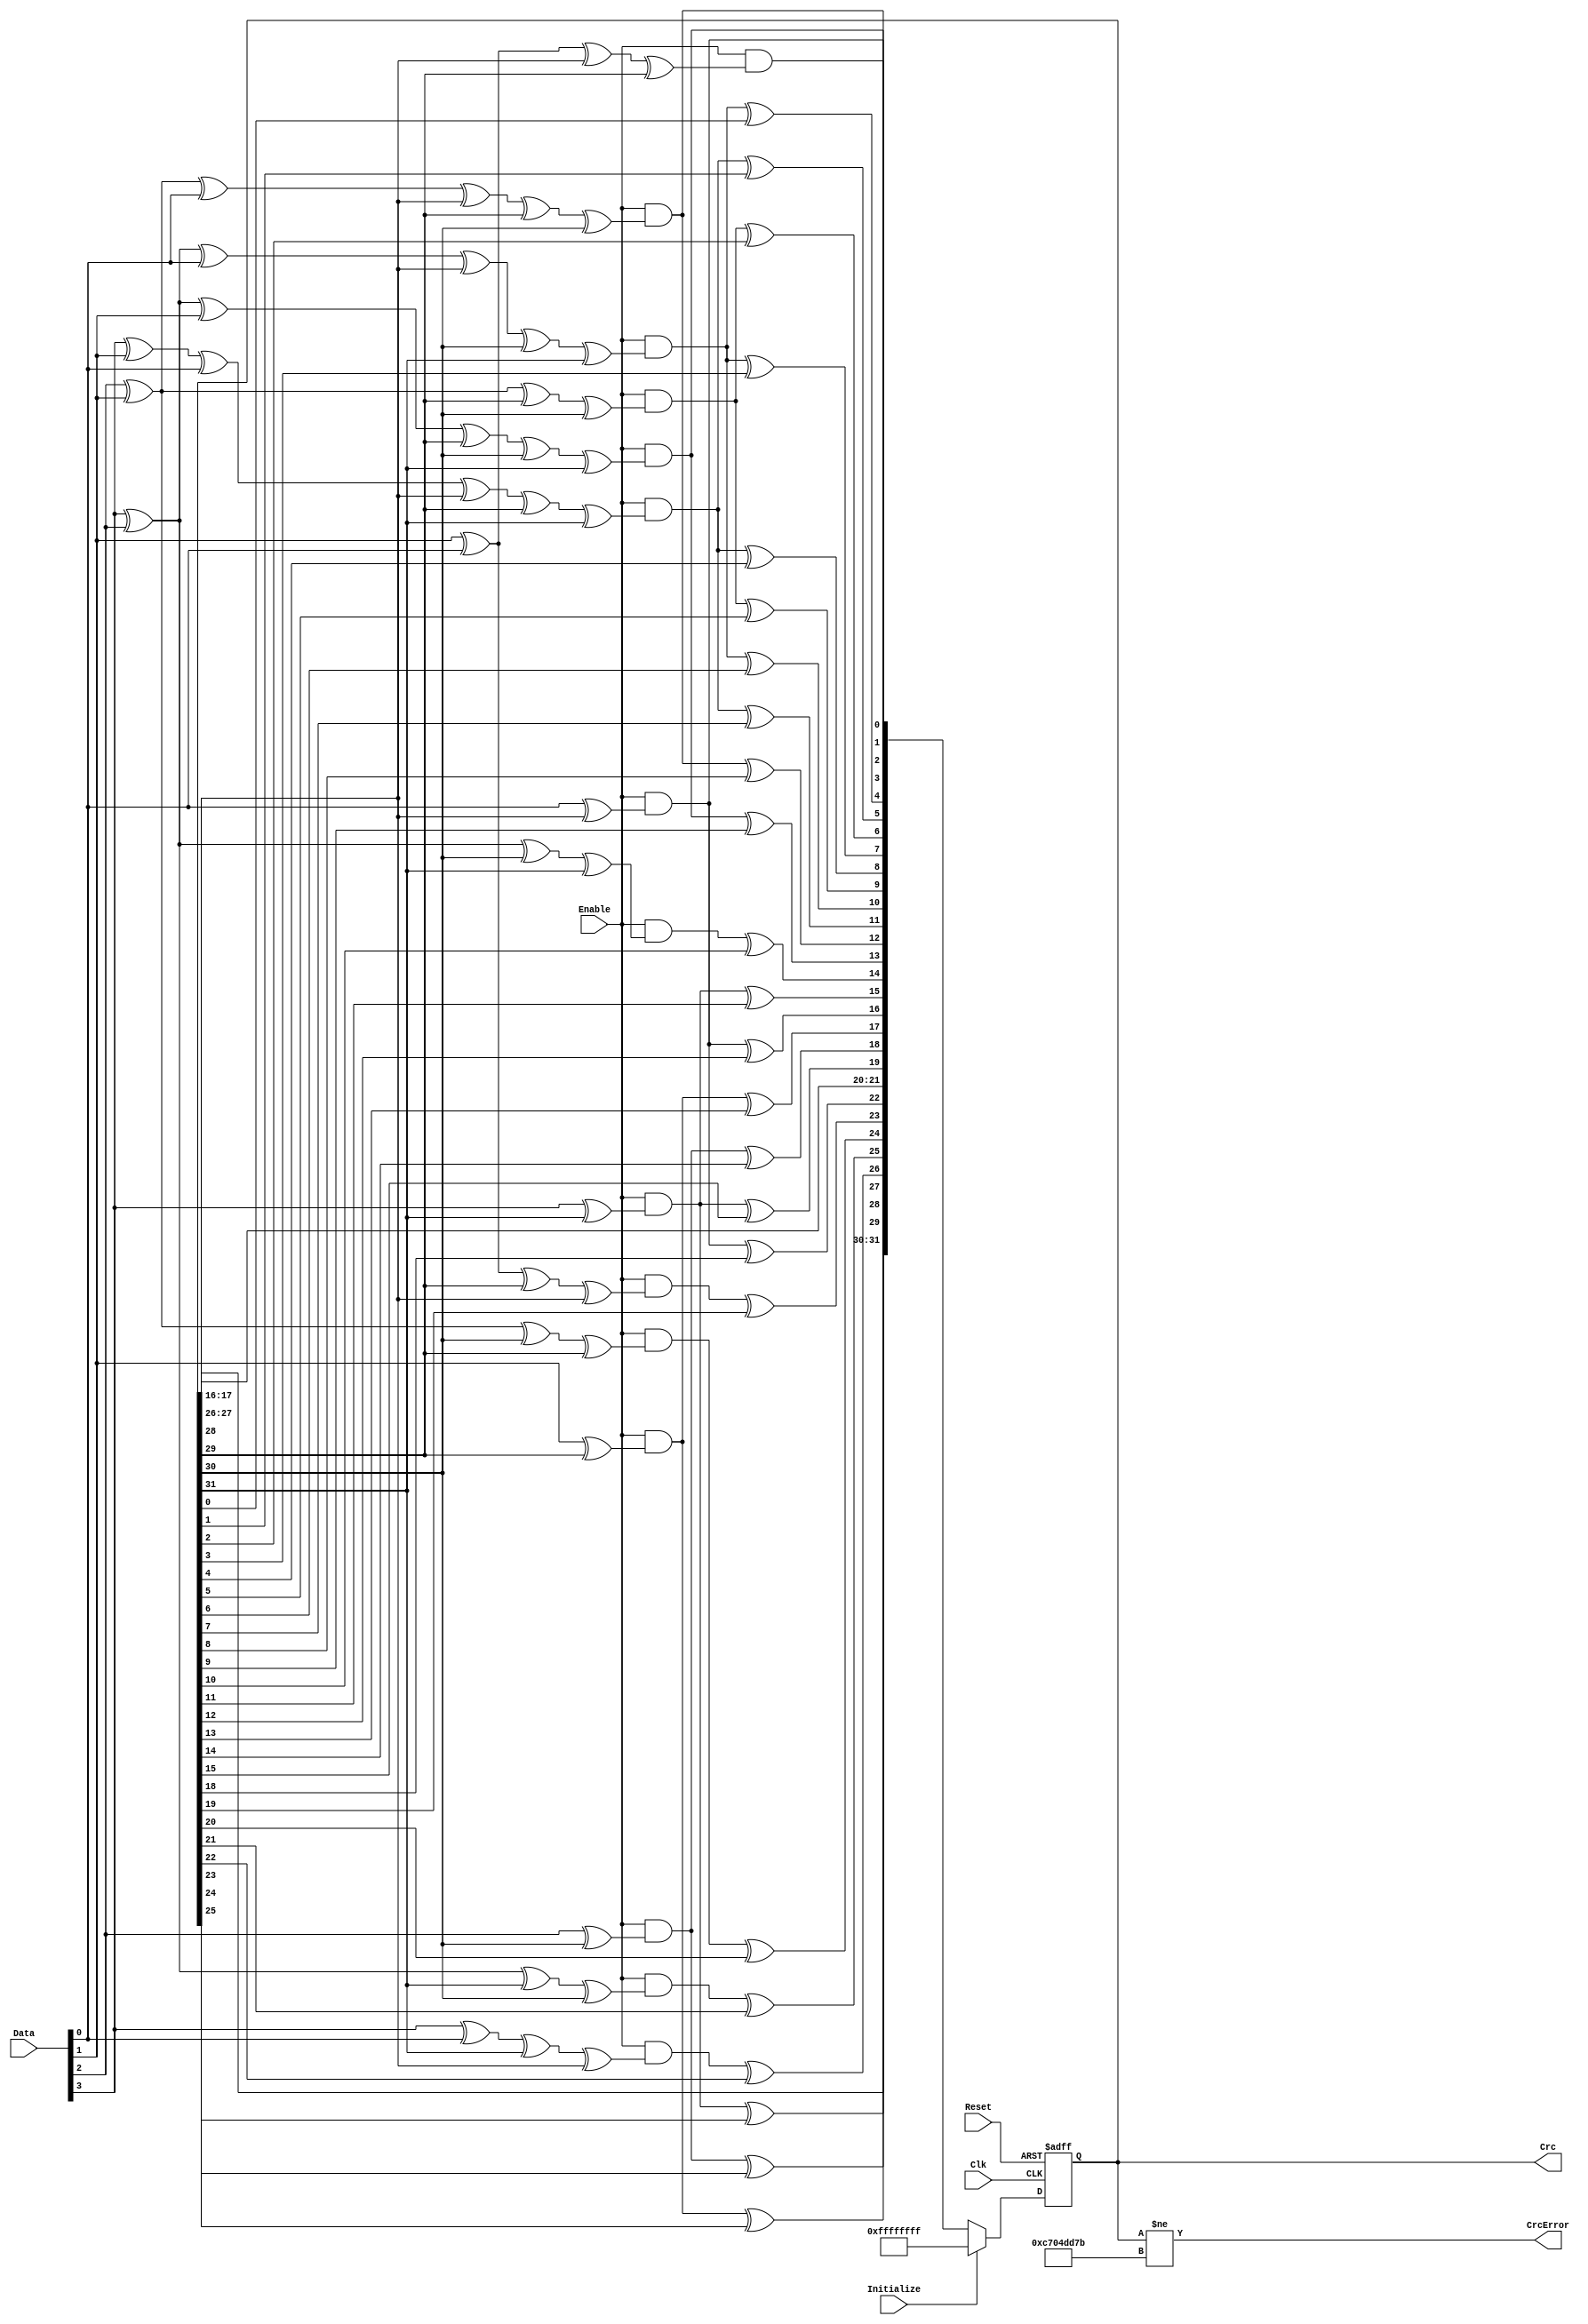
module eth_crc (Clk, Reset, Data, Enable, Initialize, Crc, CrcError);
parameter Tp = 1;
input Clk;
input Reset;
input [3:0] Data;
input Enable;
input Initialize;
output [31:0] Crc;
output CrcError;
reg  [31:0] Crc;
wire [31:0] CrcNext;
assign CrcNext[0] = Enable & (Data[0] ^ Crc[28]); 
assign CrcNext[1] = Enable & (Data[1] ^ Data[0] ^ Crc[28] ^ Crc[29]); 
assign CrcNext[2] = Enable & (Data[2] ^ Data[1] ^ Data[0] ^ Crc[28] ^ Crc[29] ^ Crc[30]); 
assign CrcNext[3] = Enable & (Data[3] ^ Data[2] ^ Data[1] ^ Crc[29] ^ Crc[30] ^ Crc[31]); 
assign CrcNext[4] = (Enable & (Data[3] ^ Data[2] ^ Data[0] ^ Crc[28] ^ Crc[30] ^ Crc[31])) ^ Crc[0]; 
assign CrcNext[5] = (Enable & (Data[3] ^ Data[1] ^ Data[0] ^ Crc[28] ^ Crc[29] ^ Crc[31])) ^ Crc[1]; 
assign CrcNext[6] = (Enable & (Data[2] ^ Data[1] ^ Crc[29] ^ Crc[30])) ^ Crc[ 2]; 
assign CrcNext[7] = (Enable & (Data[3] ^ Data[2] ^ Data[0] ^ Crc[28] ^ Crc[30] ^ Crc[31])) ^ Crc[3]; 
assign CrcNext[8] = (Enable & (Data[3] ^ Data[1] ^ Data[0] ^ Crc[28] ^ Crc[29] ^ Crc[31])) ^ Crc[4]; 
assign CrcNext[9] = (Enable & (Data[2] ^ Data[1] ^ Crc[29] ^ Crc[30])) ^ Crc[5]; 
assign CrcNext[10] = (Enable & (Data[3] ^ Data[2] ^ Data[0] ^ Crc[28] ^ Crc[30] ^ Crc[31])) ^ Crc[6]; 
assign CrcNext[11] = (Enable & (Data[3] ^ Data[1] ^ Data[0] ^ Crc[28] ^ Crc[29] ^ Crc[31])) ^ Crc[7]; 
assign CrcNext[12] = (Enable & (Data[2] ^ Data[1] ^ Data[0] ^ Crc[28] ^ Crc[29] ^ Crc[30])) ^ Crc[8]; 
assign CrcNext[13] = (Enable & (Data[3] ^ Data[2] ^ Data[1] ^ Crc[29] ^ Crc[30] ^ Crc[31])) ^ Crc[9]; 
assign CrcNext[14] = (Enable & (Data[3] ^ Data[2] ^ Crc[30] ^ Crc[31])) ^ Crc[10]; 
assign CrcNext[15] = (Enable & (Data[3] ^ Crc[31])) ^ Crc[11]; 
assign CrcNext[16] = (Enable & (Data[0] ^ Crc[28])) ^ Crc[12]; 
assign CrcNext[17] = (Enable & (Data[1] ^ Crc[29])) ^ Crc[13]; 
assign CrcNext[18] = (Enable & (Data[2] ^ Crc[30])) ^ Crc[14]; 
assign CrcNext[19] = (Enable & (Data[3] ^ Crc[31])) ^ Crc[15]; 
assign CrcNext[20] = Crc[16]; 
assign CrcNext[21] = Crc[17]; 
assign CrcNext[22] = (Enable & (Data[0] ^ Crc[28])) ^ Crc[18]; 
assign CrcNext[23] = (Enable & (Data[1] ^ Data[0] ^ Crc[29] ^ Crc[28])) ^ Crc[19]; 
assign CrcNext[24] = (Enable & (Data[2] ^ Data[1] ^ Crc[30] ^ Crc[29])) ^ Crc[20]; 
assign CrcNext[25] = (Enable & (Data[3] ^ Data[2] ^ Crc[31] ^ Crc[30])) ^ Crc[21]; 
assign CrcNext[26] = (Enable & (Data[3] ^ Data[0] ^ Crc[31] ^ Crc[28])) ^ Crc[22]; 
assign CrcNext[27] = (Enable & (Data[1] ^ Crc[29])) ^ Crc[23]; 
assign CrcNext[28] = (Enable & (Data[2] ^ Crc[30])) ^ Crc[24]; 
assign CrcNext[29] = (Enable & (Data[3] ^ Crc[31])) ^ Crc[25]; 
assign CrcNext[30] = Crc[26]; 
assign CrcNext[31] = Crc[27]; 
always @ (posedge Clk or posedge Reset)
begin
  if (Reset)
    Crc <= #1 32'hffffffff;
  else
  if(Initialize)
    Crc <= #Tp 32'hffffffff;
  else
    Crc <= #Tp CrcNext;
end
assign CrcError = Crc[31:0] != 32'hc704dd7b;  
endmodule